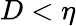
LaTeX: D<\eta